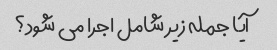
آیا جمله زیر شامل اجرا می شود؟